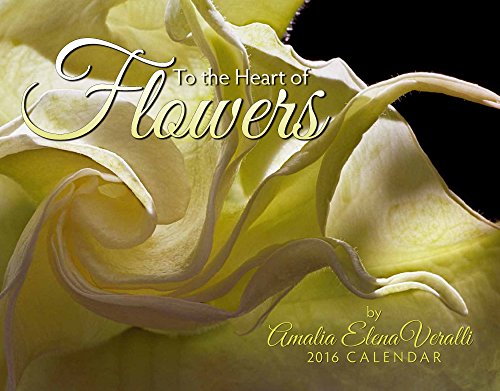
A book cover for Flowers by Amalia Veralli 2016 Calendar 11x14; Amalia Elena Veralli; Calendars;